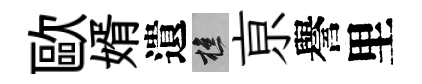
歐婿遺樵亰譽里